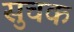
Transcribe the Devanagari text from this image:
सुचक